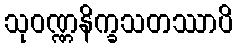
သုဝဏ္ဏနိက္ခသတဿာပိ